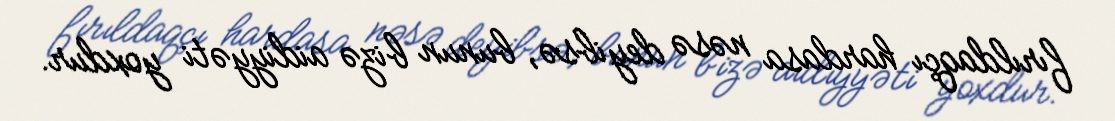
fırıldaqçı hardasa nəsə deyibsə, bunun bizə aidiyyəti yoxdur.